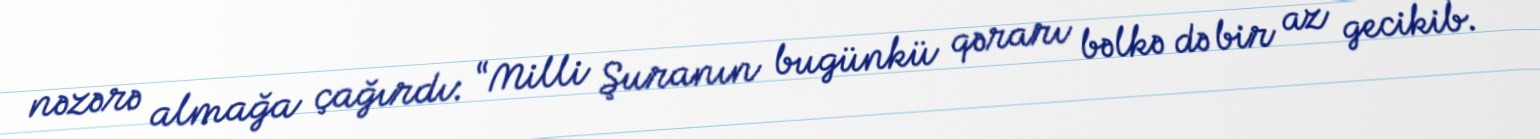
nəzərə almağa çağırdı: “Milli Şuranın bugünkü qərarı bəlkə də bir az gecikib.